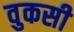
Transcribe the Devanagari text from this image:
वुकसी